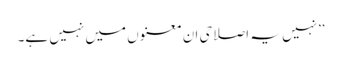
’’نہیں یہ اصلاحی ان معنوں میں نہیں ہے۔